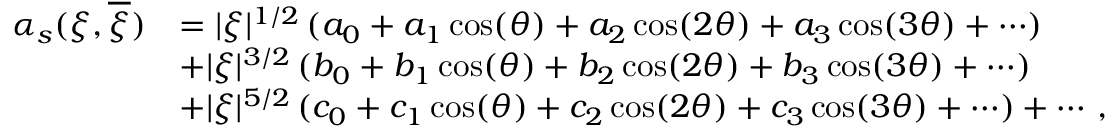
\begin{array} { r l } { \alpha _ { s } ( \xi , \overline { { \xi } } ) } & { = | \xi | ^ { 1 / 2 } \, ( a _ { 0 } + a _ { 1 } \cos ( \theta ) + a _ { 2 } \cos ( 2 \theta ) + a _ { 3 } \cos ( 3 \theta ) + \cdots ) } \\ & { + | \xi | ^ { 3 / 2 } \, ( b _ { 0 } + b _ { 1 } \cos ( \theta ) + b _ { 2 } \cos ( 2 \theta ) + b _ { 3 } \cos ( 3 \theta ) + \cdots ) } \\ & { + | \xi | ^ { 5 / 2 } \, ( c _ { 0 } + c _ { 1 } \cos ( \theta ) + c _ { 2 } \cos ( 2 \theta ) + c _ { 3 } \cos ( 3 \theta ) + \cdots ) + \cdots \, , } \end{array}